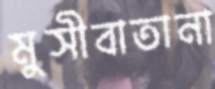
মুসীবাতানা